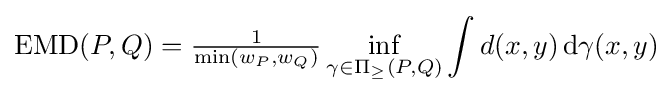
{\text{EMD}}(P,Q)={\tfrac {1}{\min(w_{P},w_{Q})}}\inf \limits _{\gamma \in \Pi _{\geq }(P,Q)}\int d(x,y)\,\mathrm {d} \gamma (x,y)